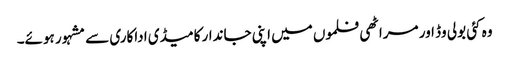
وہ کئی بولی وڈ اور مراٹھی فلموں میں اپنی جاندار کامیڈی اداکاری سے مشہور ہوئے۔